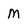
Character: M